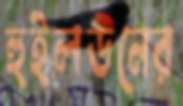
হুইলডনের